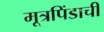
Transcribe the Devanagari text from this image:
मूत्रपिंडाची